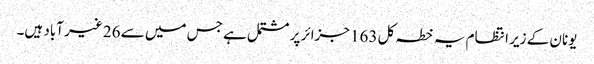
یونان کے زیر انتظام یہ خطہ کل 163 جزائر پر مشتمل ہے جس میں سے 26 غیر آباد ہیں۔